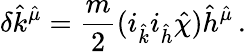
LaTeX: \delta{\hat{k}}^{\hat{\mu}}=\frac{m}{2}(i_{\hat{k}}i_{\hat{h}}{\hat{\chi}}){\hat{h}}^{\hat{\mu}}\, .